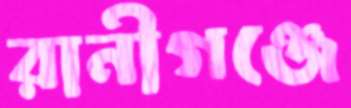
রানীগঞ্জে